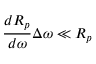
\frac { d R _ { p } } { d \omega } \Delta \omega \ll R _ { p }